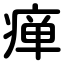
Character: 瘅